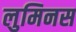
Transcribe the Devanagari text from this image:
लुमिनस